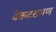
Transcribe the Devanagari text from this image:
वेंकटरामण